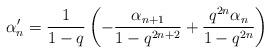
LaTeX: \begin{align*} \alpha'_n = \frac{1}{1-q}\left(-\frac{\alpha_{n+1}}{1-q^{2n+2}} + \frac{q^{2n}\alpha_n}{1-q^{2n}}\right)\end{align*}